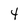
Character: 4